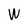
Character: W